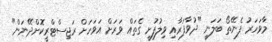
މާވަހަރު ފެނޭތޯ ބަލަނީ "ދުވާފަރާއި ވިލުފުށީ ގެތައް ވަރަށް އަވަހަށް ރަޖިސްޓްރީކޮށްދޭނަން"